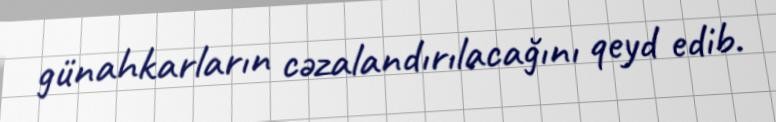
günahkarların cəzalandırılacağını qeyd edib.